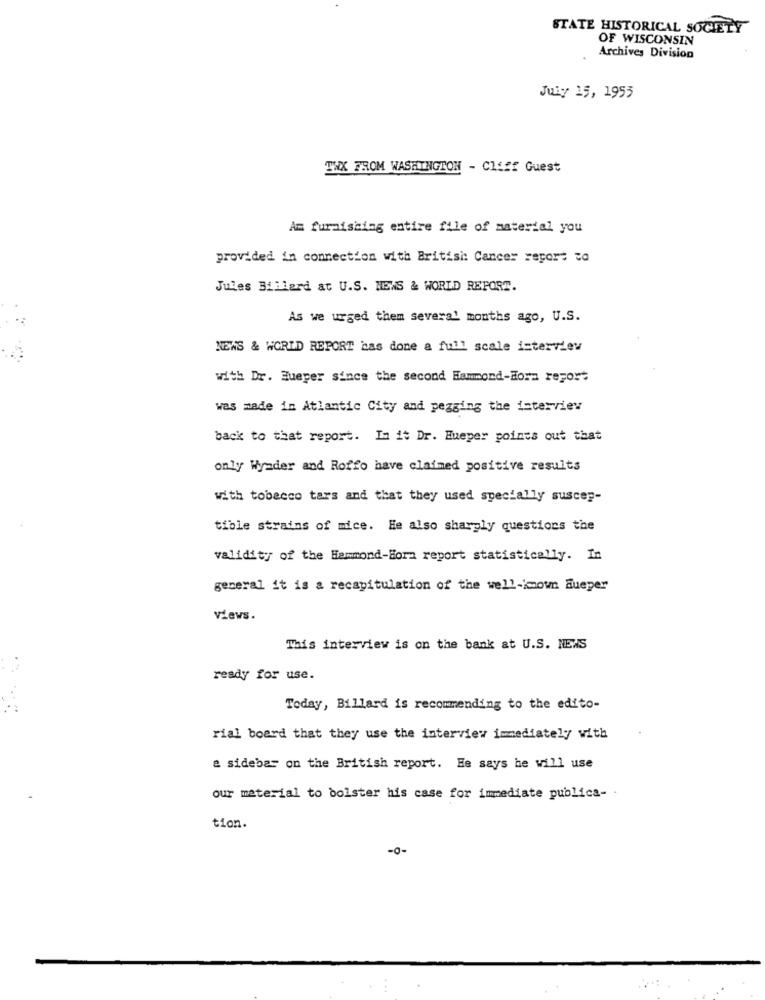
STATE HISTORICAL SOCIETY
OF WISCONSIN
Archives Division
July 15, 1955
THX FROM WASHINGTON - Cliff Guest
Am furnishing entire file of material you
provided in connection with British: Cancer report to
Jules Billard at U.S. NEWS & WORLD REPORT.
As we urged them several months ago, U.S.
NEWS & WORLD REPORT bas done a full scale isterview
with Dr. Huerer since the second Hammond-Hora report
was made in Atlantic City and pegging the interview
back to that report. In it Dr. Hueper points out that
only Wyader and Roffo have claimed positive results
with tobacco tars and that they used specially suscep-
tible strains of mice. He also sharply questions the
validity of the Hammond-Hora report statistically. In
general it is a recapitulation of the well-imown dueper
views.
This interview is on the bank at U.S. NEWS
ready for use.
Today, Billard is recommending to the edito-
rial board that they use the interview immediately with
& sidebar on the British report. He says he will use
our material to bolster his case for immediate publica- .
tion
-0-